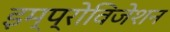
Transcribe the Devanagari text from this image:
इम्प्रोविजेशन